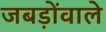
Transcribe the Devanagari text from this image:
जबड़ोंवाले